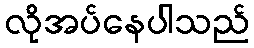
လိုအပ်နေပါသည်